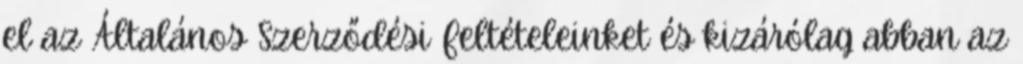
el az Általános Szerződési Feltételeinket és kizárólag abban az